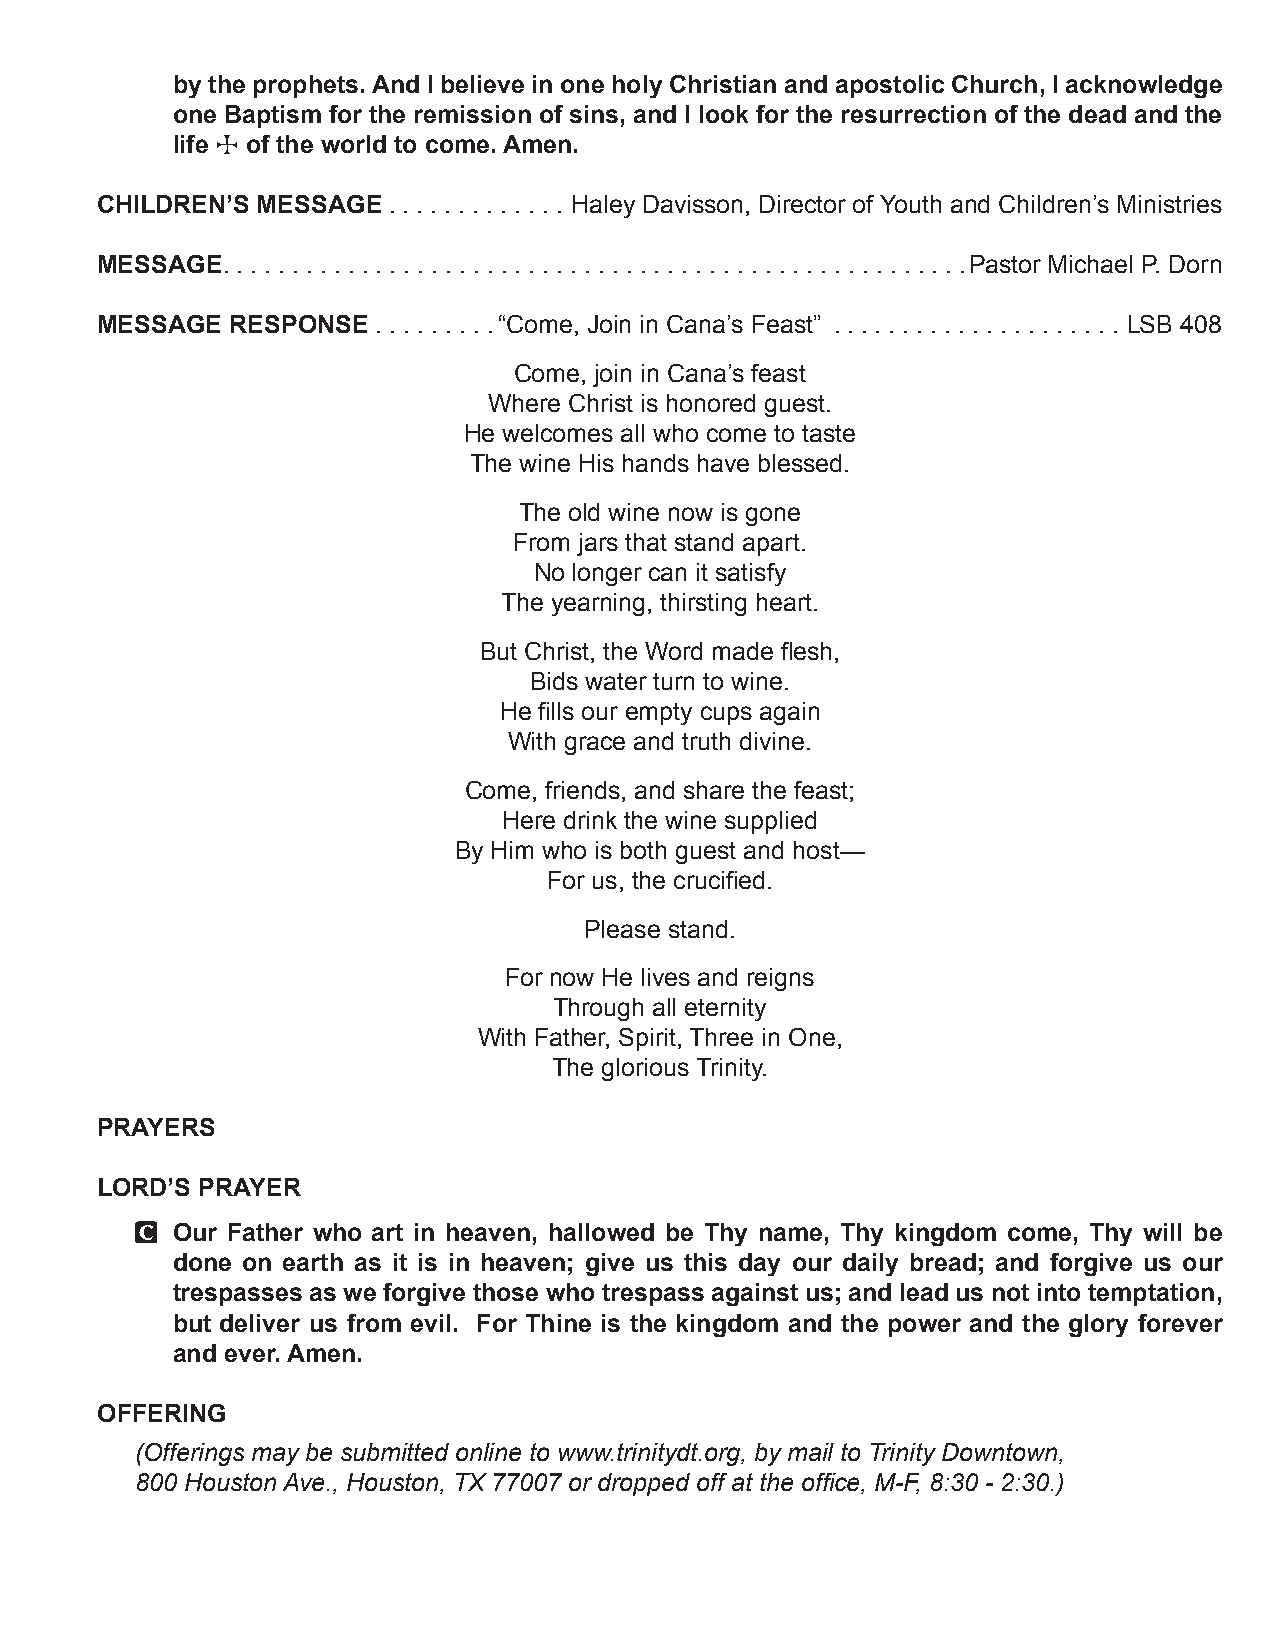
by the prophets. And I believe in one holy Christian and apostolic Church, I acknowledge
 one Baptism for the remission of sins, and I look for the resurrection of the dead and the
 life
 T
 of the world to come. Amen.
 CHILDREN’S MESSAGE  .  .  .  .  .  .  .  .  .  .  .  .  . Haley Davisson, Director of Youth and Children’s Ministries
 MESSAGE .  .  .  .  .  .  .  .  .  .  .  .  .  .  .  .  .  .  .  .  .  .  .  .  .  .  .  .  .  .  .  .  .  .  .  .  .  .  .  .  .  .  .  .  .  .  .  .  .  .  .  .  .  .Pastor Michael P . Dorn
 MESSAGE  RESPONSE  .  .  .  .  .  .  .  . . “Come, Join in Cana’s Feast”  .  .  .  .  .  .  .  .  .  .  .  .  .  .  .  .  .  .  .  .  . LSB 408
 Come, join in Cana’s feast
 Where Christ is honored guest .
 He welcomes all who come to taste
 The wine His hands have blessed .
 The old wine now is gone
 From jars that stand apart .
 No longer can it satisfy
 The yearning, thirsting heart .
 But Christ, the Word made flesh,
 Bids water turn to wine .
 He fills our empty cups again
 With grace and truth divine .
 Come, friends, and share the feast;
 Here drink the wine supplied
 By Him who is both guest and host—
 For us, the crucified.
 Please stand .
 For now He lives and reigns
 Through all eternity
 With Father, Spirit, Three in One,
 The glorious Trinity .
 PRAYERS
 LORD’S PRAYER
 C
 Our Father who art in heaven, hallowed be Thy name, Thy kingdom come, Thy will be
 done on earth as it is in heaven; give us this day our daily bread; and forgive us our
 trespasses as we forgive those who trespass against us; and lead us not into temptation,
 but deliver us from evil. For Thine is the kingdom and the power and the glory forever
 and ever. Amen.
 OFFERING
 (Offerings may be submitted online to www.trinitydt.org, by mail to Trinity Downtown,
 800 Houston Ave., Houston, TX 77007 or dropped off at the office, M-F, 8:30 - 2:30.)